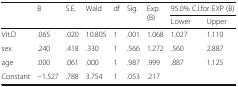
<table><thead><tr><td rowspan="2"></td><td rowspan="2"><b>B</b></td><td rowspan="2"><b>S.E.</b></td><td rowspan="2"><b>Wald</b></td><td rowspan="2"><b>df</b></td><td rowspan="2"><b>Sig.</b></td><td rowspan="2"><b>Exp (B)</b></td><td colspan="2"><b>95.0% C.I.for EXP (B)</b></td></tr><tr><td><b>Lower</b></td><td><b>Upper</b></td></tr></thead><tbody><tr><td>Vit.D</td><td>.065</td><td>.020</td><td>10.805</td><td>1</td><td>.001</td><td>1.068</td><td>1.027</td><td>1.110</td></tr><tr><td>sex</td><td>.240</td><td>.418</td><td>.330</td><td>1</td><td>.566</td><td>1.272</td><td>.560</td><td>2.887</td></tr><tr><td>age</td><td>.000</td><td>.061</td><td>.000</td><td>1</td><td>.987</td><td>.999</td><td>.887</td><td>1.125</td></tr><tr><td>Constant</td><td>−1.527</td><td>.788</td><td>3.754</td><td>1</td><td>.053</td><td>.217</td><td></td><td></td></tr></tbody></table>